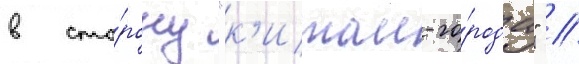
в сто́рону "к'итаи-го́рода" //